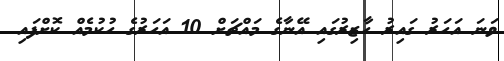
ވަނަ އަހަރު ގައިރު ހާޒިރުގައި އޭނާގެ މައްޗަށް 10 އަހަރުގެ ހުކުމެއް ކޮށްފައި